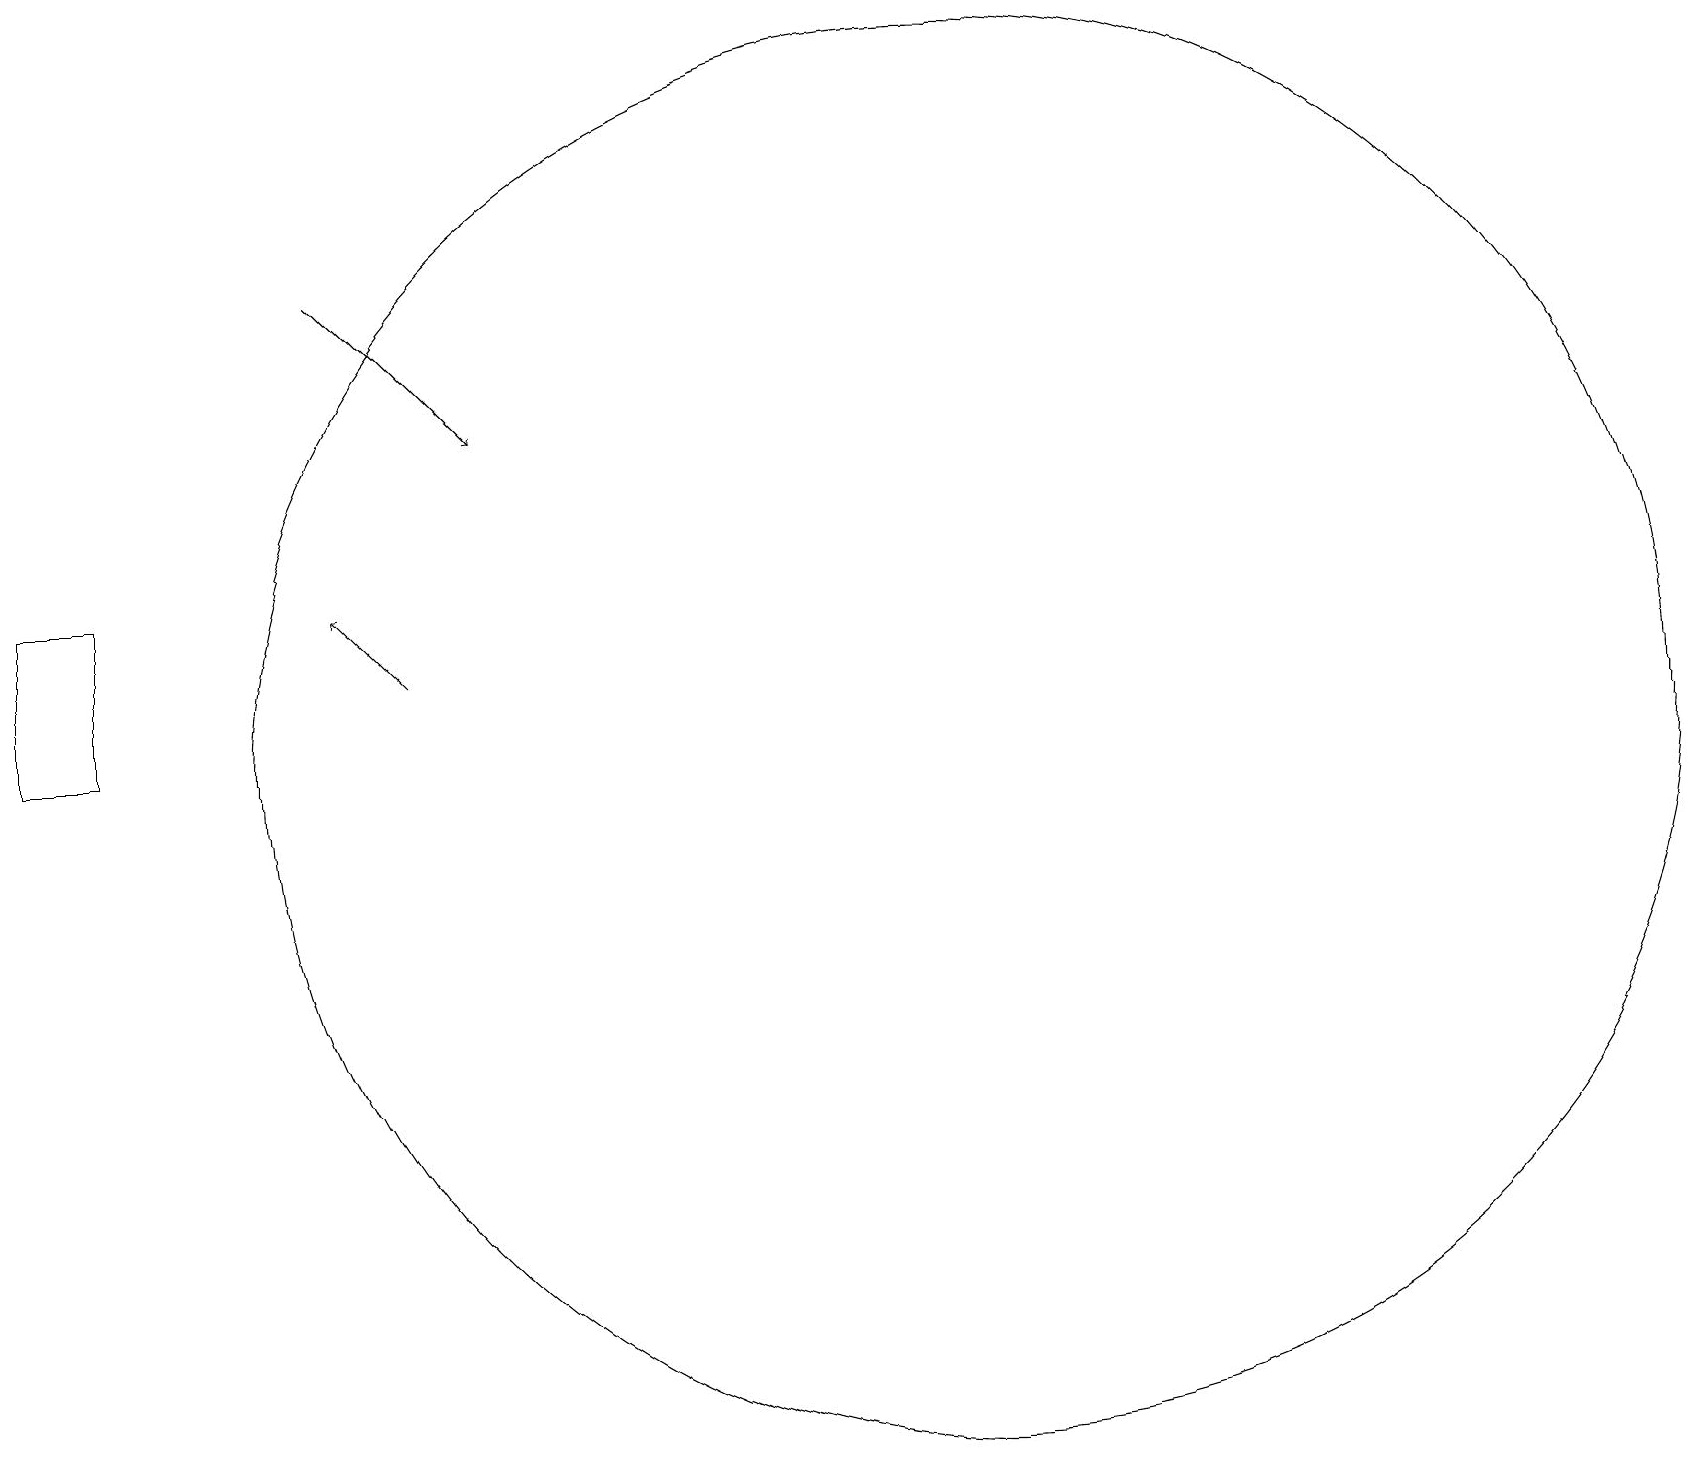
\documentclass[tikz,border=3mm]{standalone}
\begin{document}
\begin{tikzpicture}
\draw (12,10) circle (9);
\draw[->] (5,11) -- (4,12);
\draw[->] (4,16) -- (6,14);
\draw (0,10) rectangle (1,12);
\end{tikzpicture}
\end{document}